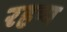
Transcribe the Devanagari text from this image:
रहष्य